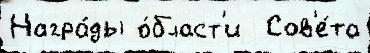
Награ́ды о́бласт'и  Сов'е́та